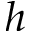
h